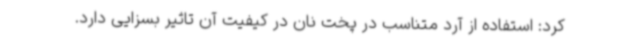
کرد: استفاده از آرد متناسب در پخت نان در کیفیت آن تاثیر بسزایی دارد.